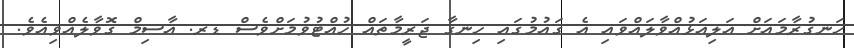
ހަނގުރާމައަށް އަލިއަޅުއްވާލައްވައި އެ ޤައުމުގައި ހިނގާ ޖަރީމާތައް ހުއްޓުވުމަށްވެސް ޑރ. އާސިމް ގޮވާލެއްވިއެވެ.